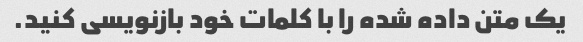
یک متن داده شده را با کلمات خود بازنویسی کنید.